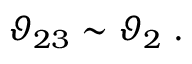
\vartheta _ { 2 3 } \sim \vartheta _ { 2 } \; .